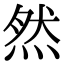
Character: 然